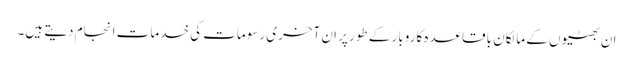
ان بھٹیوں کے مالکان باقاعدہ کاروبار کے طور پر ان آخری رسومات کی خدمات انجام دیتے ہیں۔